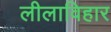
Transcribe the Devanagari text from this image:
लीलाविहार